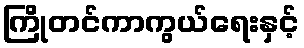
ကြိုတင်ကာကွယ်ရေးနှင့်